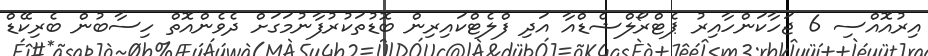
އިރުއޮއްސި 6 ޖަހާކަންހާއިރު ޕެޓްރޯލްޝެޑްއާ އަދި ފްލެޓްކައިރިން ބޮޑުތަކުރުފާނުމަގަށް ދެވެންއޮތް ހިސާބުން ބެރިކޭޑް